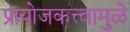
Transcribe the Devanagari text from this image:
प्रायोजकत्त्वामुळे